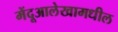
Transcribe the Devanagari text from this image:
मेंदूआलेखामधील